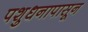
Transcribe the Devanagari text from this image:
पशुधनापासून